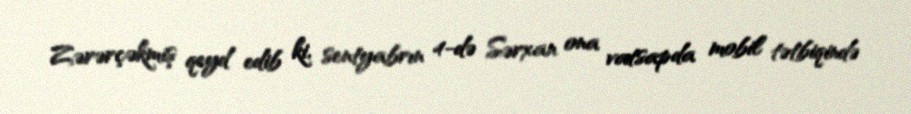
Zərərçəkmiş qeyd edib ki, sentyabrın 4-də Sərxan ona vatsapda mobil tətbiqində